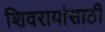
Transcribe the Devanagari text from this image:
शिवरायांसाठी